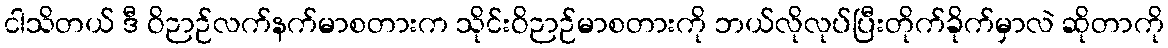
ငါသိတယ် ဒီ ဝိဉာဉ်လက်နက်မာစတားက သိုင်းဝိဉာဉ်မာစတားကို ဘယ်လိုလုပ်ပြီးတိုက်ခိုက်မှာလဲ ဆိုတာကို